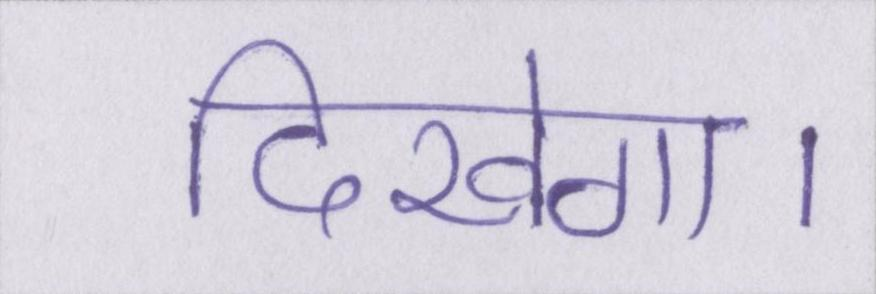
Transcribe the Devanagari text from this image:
दिखेगा।